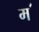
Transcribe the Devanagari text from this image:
म॔